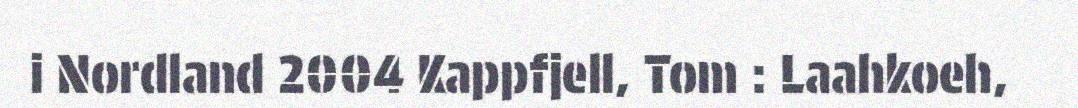
i Nordland 2004 Kappfjell, Tom : Laahkoeh,